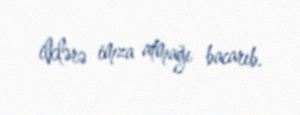
ilklərə imza atmağı bacarıb.